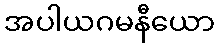
အပါယဂမနီယော